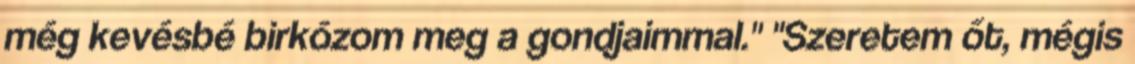
még kevésbé birkózom meg a gondjaimmal." "Szeretem őt, mégis